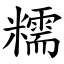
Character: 糯